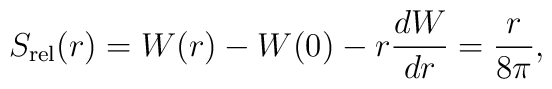
S_{\rm rel}(r) = W(r) - W(0) - r{dW\over dr} = \frac{r}{8\pi},